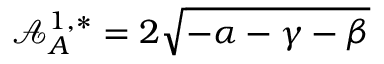
\mathcal { A } _ { A } ^ { 1 , * } = 2 \sqrt { - \alpha - \gamma - \beta }